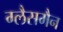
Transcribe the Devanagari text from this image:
ग्लैसमैन